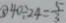
\textcircled { 5 } 4 0 \div 2 4 = \frac { 5 } { 3 }